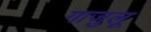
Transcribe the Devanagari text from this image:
गाज़ुलू